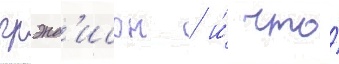
грэнд'исон / и́ что́